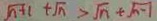
\sqrt { n + 1 } + \sqrt { n } > \sqrt { n } + \sqrt { n - 1 }